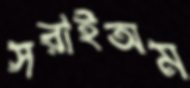
সরাইঅম